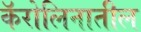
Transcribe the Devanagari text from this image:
कॅरोलिनातील